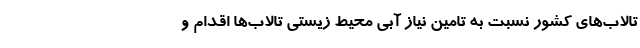
تالاب‌های کشور نسبت به تامین نیاز آبی محیط زیستی تالاب‌ها اقدام و